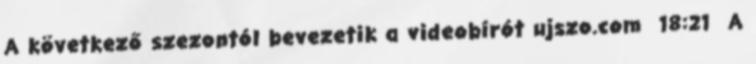
A következő szezontól bevezetik a videobírót ujszo.com 18:21 A